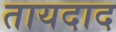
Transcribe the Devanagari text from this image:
तायदाद